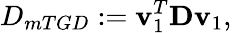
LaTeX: D_{mTGD}:=\mathbf{v}_{1}^{T}\mathbf{D}\mathbf{v}_{1},